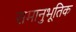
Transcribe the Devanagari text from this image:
समानुभूतिक